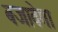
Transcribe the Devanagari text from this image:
बजावेगा